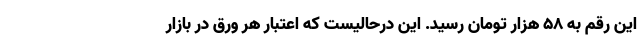
این رقم به 58 هزار تومان رسید. این درحالیست که اعتبار هر ورق در بازار